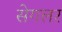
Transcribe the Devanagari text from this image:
सेगलर